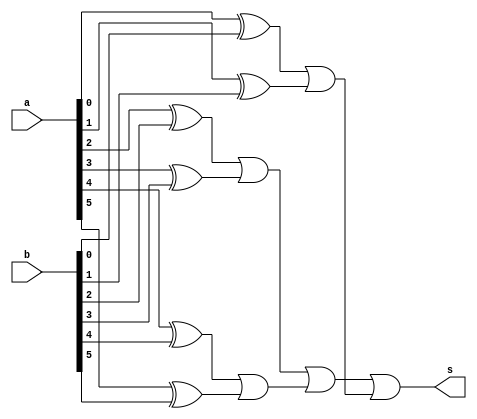
// ------------------------- 
// Exemplo0024  
// Nome: Pedro Ballona
// ------------------------- 
 
// ------------------------- 
//  diferente 
// ------------------------- 
module diferente (output s,  
                               input[5:0] a,  
                               input[5:0] b); 
 
// descrever por portas 
wire[5:0] x;
wire[2:0] y;
wire z;
xor(x[0],a[0],b[0]);
xor(x[1],a[1],b[1]);
xor(x[2],a[2],b[2]);
xor(x[3],a[3],b[3]);
xor(x[4],a[4],b[4]);
xor(x[5],a[5],b[5]);
or(y[0],x[0],x[1]);
or(y[1],x[2],x[3]);
or(y[2],x[4],x[5]);
or(z,y[1],y[2]);
or(s,z,y[0]);

 
endmodule // diferente 
 
module test_diferente; 
// ------------------------- definir dados 
      reg [5:0] x; 
      reg [5:0] y; 
      wire s;
		
		diferente diferente(s,x,y); 
 
// ------------------------- parte principal 
 initial begin 
      $display("Exemplo0024 - Pedro Ballona - 427455"); 
      $display("Test ALUs diferente (1-verdadeiro 0-falso)");
		x=6'b010000; y=6'b100000;
		
		#1 $display("%b != %b (%b)",x,y,s);
 
 // projetar testes do somador complete 
 
 end 
 
endmodule // test_diferente